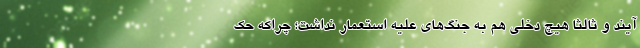
آیند و ثالثاً هیچ دخلی هم به جنگ‌های علیه استعمار نداشت؛ چراکه حک